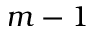
m - 1